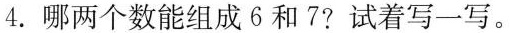
4.哪两个数能组成6和7?试着写一写。